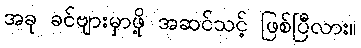
အခု ခင်ဗျားမှာဖို့ အဆင်သင့် ဖြစ်ပြီလား။